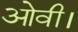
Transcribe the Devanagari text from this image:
ओवी।